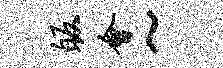
皈会~